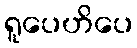
ရူပေဟိပေ